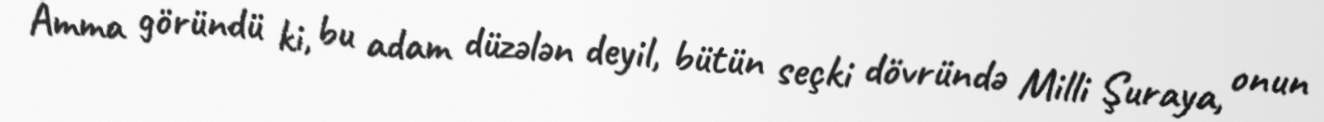
Amma göründü ki, bu adam düzələn deyil, bütün seçki dövründə Milli Şuraya, onun